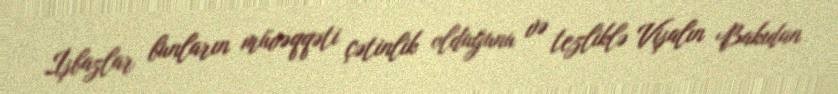
İşbazlar bunların müvəqqəti çətinlik olduğunu və tezliklə Vişalın Bakıdan